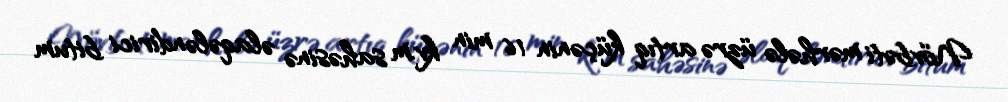
Növbəti mərhələ üzrə artıq küçənin 16 min kv.m sahəsinə əlaqələndirici bitum